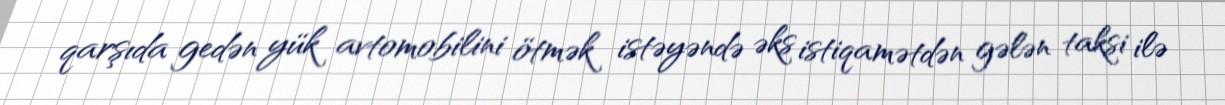
qarşıda gedən yük avtomobilini ötmək istəyəndə əks istiqamətdən gələn taksi ilə